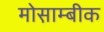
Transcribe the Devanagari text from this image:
मोस़ाम्बीक